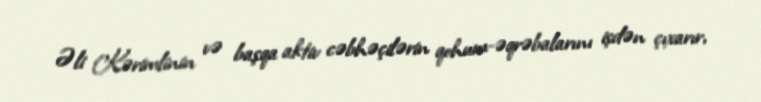
Əli Kərimlinin və başqa aktiv cəbhəçilərin qohum-əqrəbalarını işdən çıxarır,